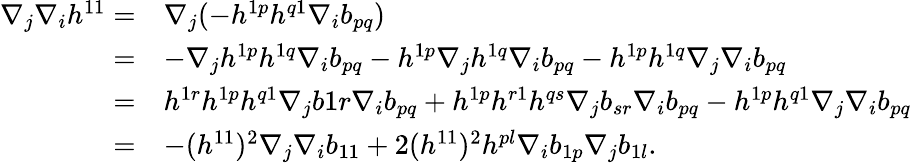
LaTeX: \begin{array}{rl}{\nabla_{j}\nabla_{i}h^{11}=}&{\nabla_{j}(-h^{1p}h^{q1}\nabla_{i}b_{pq})}\\ {=}&{-\nabla_{j}h^{1p}h^{1q}\nabla_{i}b_{pq}-h^{1p}\nabla_{j}h^{1q}\nabla_{i}b_{pq}-h^{1p}h^{1q}\nabla_{j}\nabla_{i}b_{pq}}\\ {=}&{h^{1r}h^{1p}h^{q1}\nabla_{j}b{1r}\nabla_{i}b_{pq}+h^{1p}h^{r1}h^{qs}\nabla_{j}b_{sr}\nabla_{i}b_{pq}-h^{1p}h^{q1}\nabla_{j}\nabla_{i}b_{pq}}\\ {=}&{-(h^{11})^{2}\nabla_{j}\nabla_{i}b_{11}+2(h^{11})^{2}h^{pl}\nabla_{i}b_{1p}\nabla_{j}b_{1l}.}\end{array}